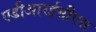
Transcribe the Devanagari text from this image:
एडीआरईसीएस